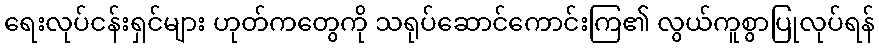
ရေးလုပ်ငန်းရှင်များ ဟုတ်ကတွေကို သရုပ်ဆောင်ကောင်းကြ၏ လွယ်ကူစွာပြုလုပ်ရန်